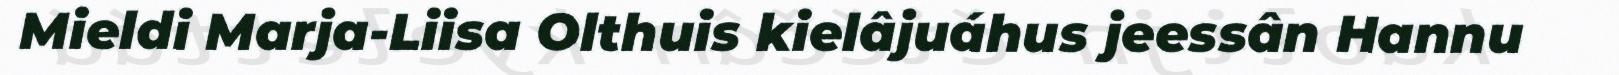
Mieldi Marja-Liisa Olthuis kielâjuáhus jeessân Hannu